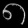
Digit: ၈